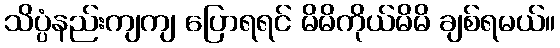
သိပ္ပံနည်းကျကျ ပြောရရင် မိမိကိုယ်မိမိ ချစ်ရမယ်။